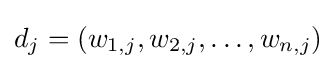
d_{j}=(w_{1,j},w_{2,j},\dotsc ,w_{n,j})